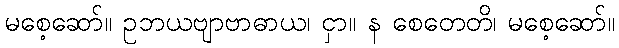
မစေ့ဆော်။ ဥဘယဗျာဗာဓာယ၊ ငှာ။ န စေတေတိ၊ မစေ့ဆော်။